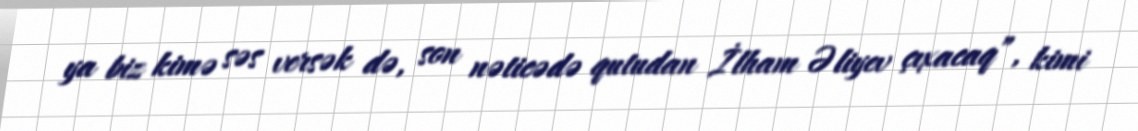
ya biz kimə səs versək də, son nəticədə qutudan İlham Əliyev çıxacaq”, kimi